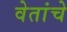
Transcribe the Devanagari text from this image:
वेतांचे